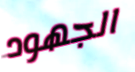
الجهود